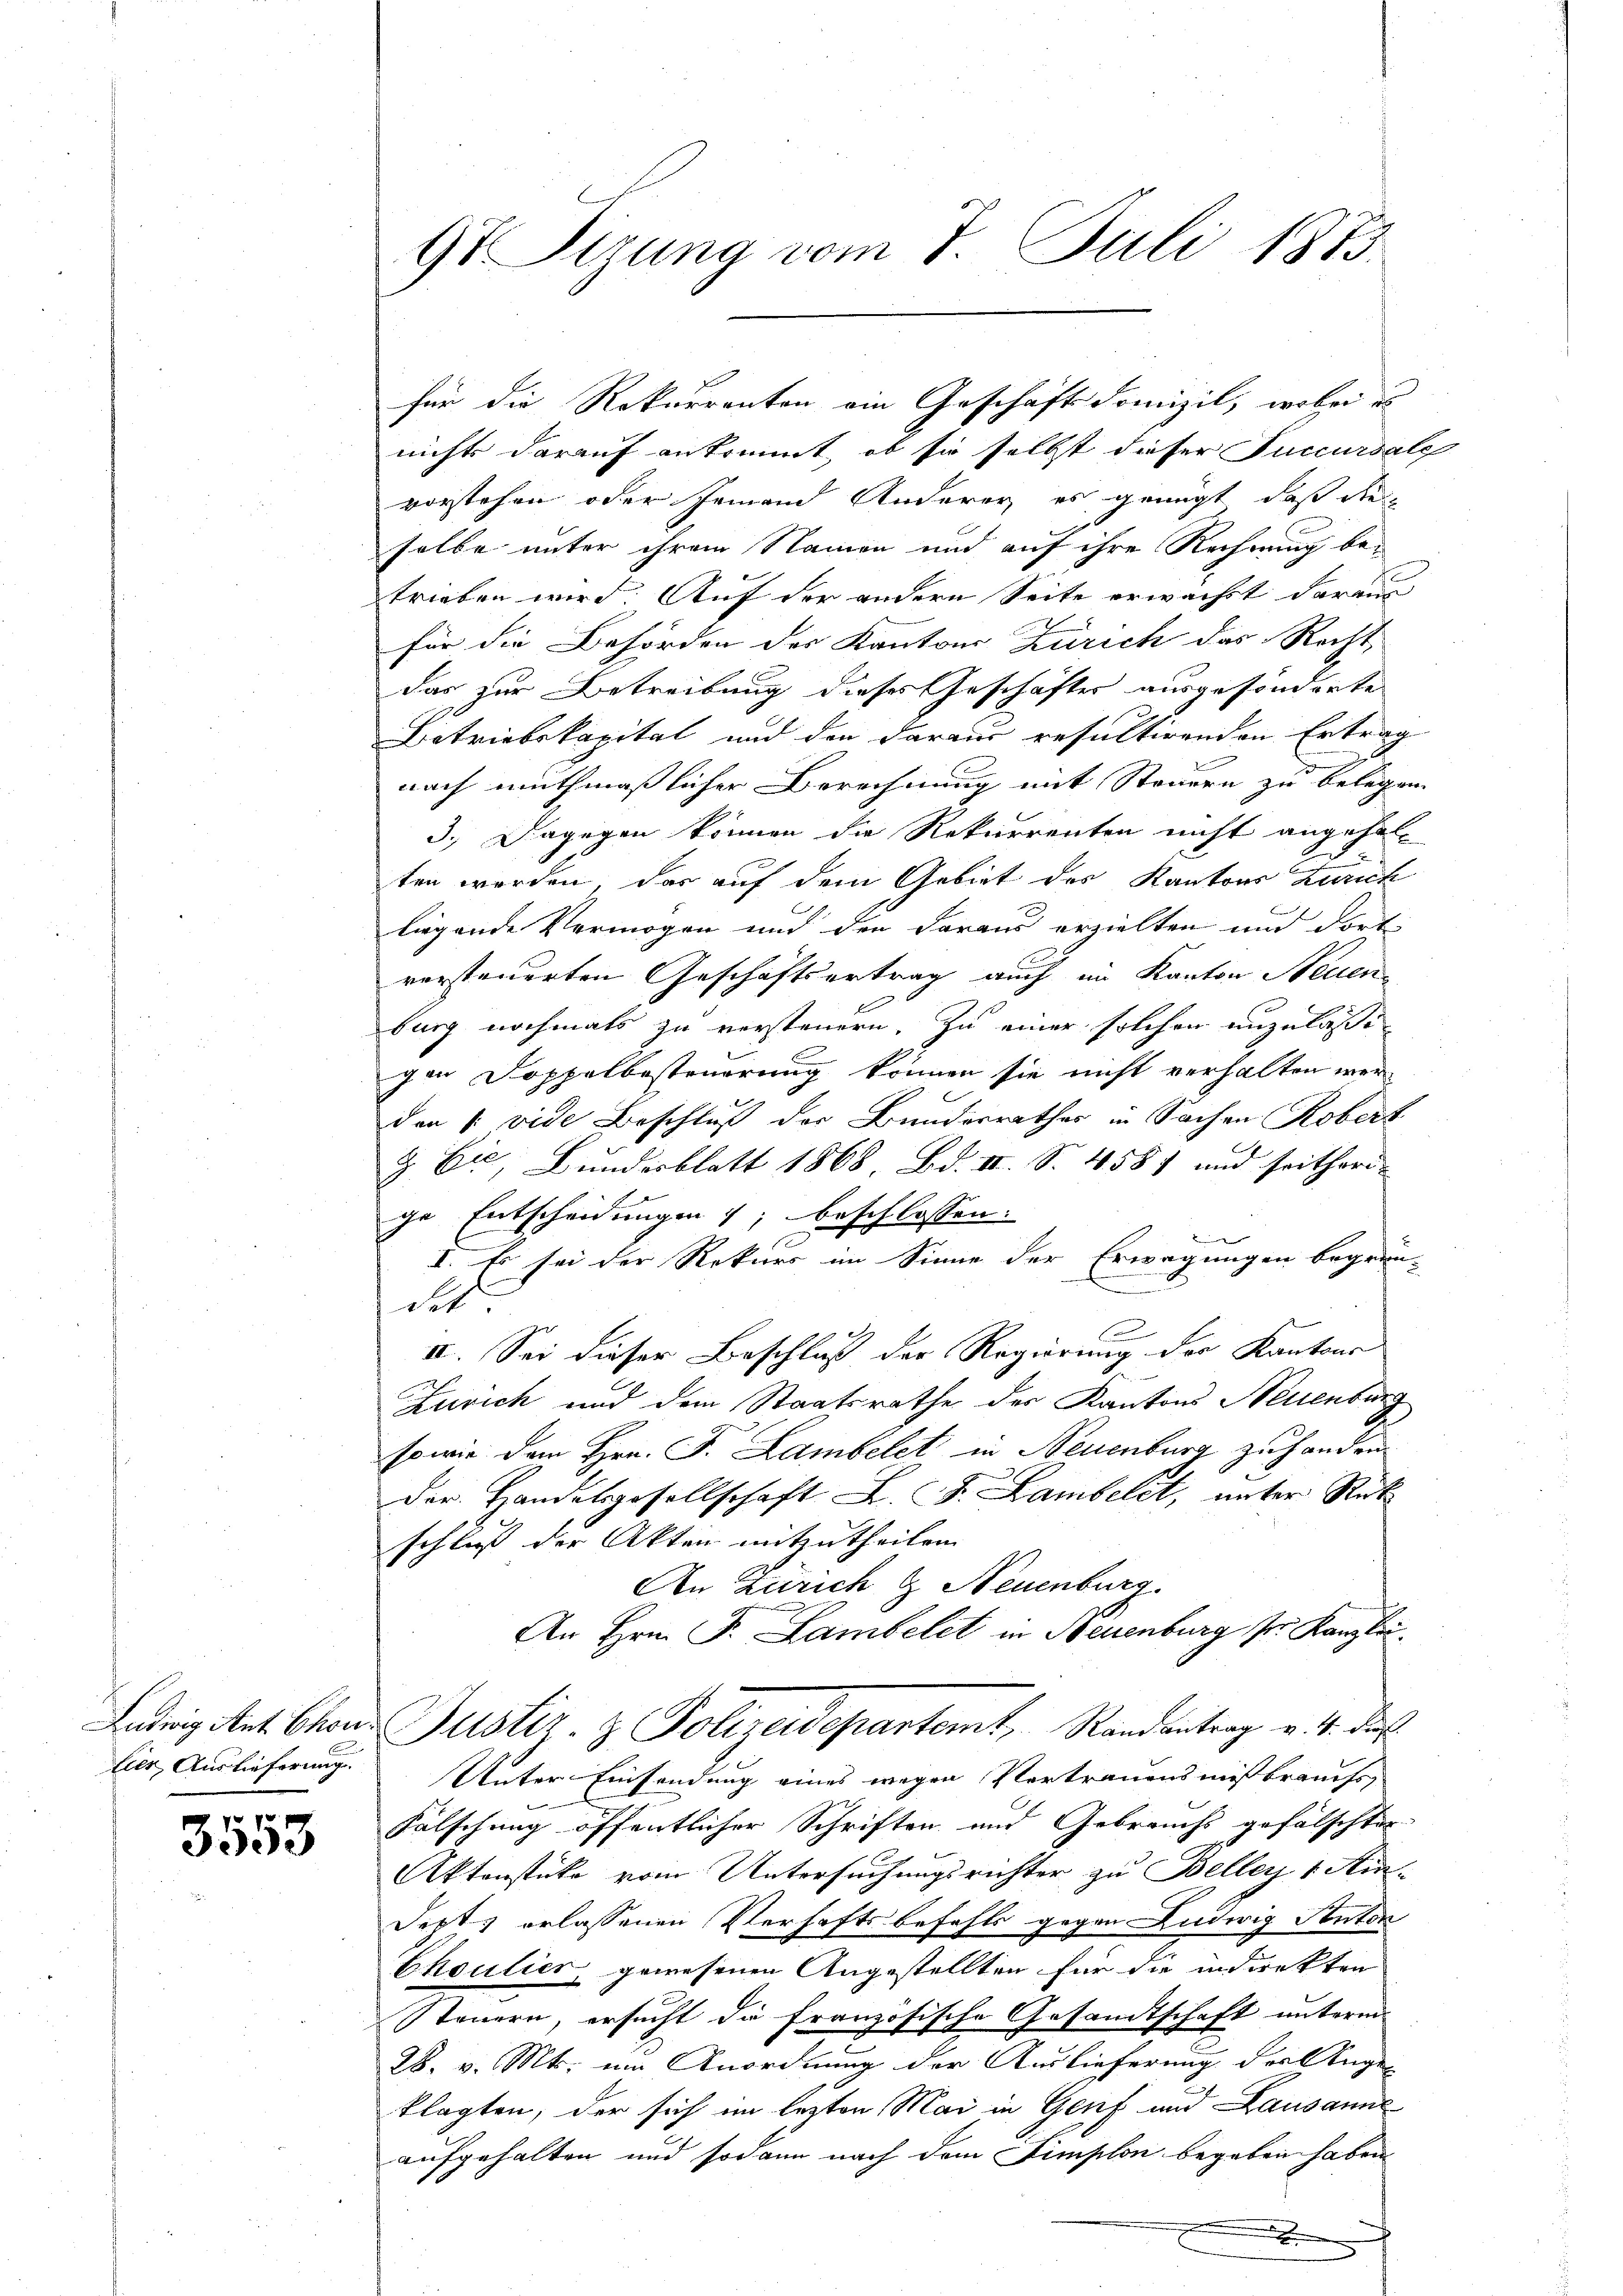
Ludwig Ant. Chon¬
Eier, Auslieferung

3553

9t Sizung vom 7. Juli 1873.

nichts darauf ankommt, ob sie selbst dieser Succursale
vorstehen oder Jemand Anderer es genügt, daß die
selbe unter ihrem Namen und auf ihre Rechnung be-
trieben wird. Auf der andern Seite erwachst daraus
für die Behörden der Kantons Zürich das Recht,
das zur Betreibung dieses Geschäftes ausgesönderte
Betriebskapital und den daraus resultirenden Ertrag
nach muthmaßlicher Berechnung mit Steuern zu belegen
3.) Dagegen können die Rekurrenten nicht angeholten werden, das auf dem Gebiet des Kantons Zürich
liegende Vermögen und den daraus erzielten und dort
versteuerten Geschäftsertrag auch im Kanton Neuen
burg nochmals zu versteuern. Zu einer solchen unzulasse
gen Doppelbesteuerung können sie nicht verhalten werden 1. vide Beschluß der Bunderrathes in Sachen Robert
9. Eis Bundesblatt 1868, Bd. II. S. 458) und seitheri- |
ge Entscheidungen ; beschlossen:
 wesen
I. Es sei der Rekurs im Sinne der Erwägungen begrün-
des
II. Sei dieser Beschluß der Regierung der Kantons
Zürich und dem Staatsrathe des Kantons Neuenburg
sowie den Hrn. F. Lambelet in Neuenburg zu handen.
Der Handelsgesellschaft L. J. Lambelct, unter Rek
schluß der Akten mitzutheilen
An Zürich & Neuenburg.
An Hrn. F. Lambelet in Neuenburg ser Kanzlei¬
Justiz- & Polizeidepartamt, Randantrag v. 4. Jul.
Unter-Einsendung eines wegen Vertrauensmißbrauchs,
Fälschung öffentlicher Schriften und Gebrauchs gefälschter
Aktenstüke vom Untersuchungsrichter zu Beller 1 Am¬
Jepts erlassenen Verhaftsbefehls gegen Ludwig Ponton
Choulier gewesenen Angestellten für die indirekten
Steuern, ersucht die französische Gesandtschaft unterm
28. v. Mts. im Anordnung der Auslieferung des Ange
klagten, der sich im lezten Mai in Genf und Lausanne
aufgehalten und sodann nach dem Simplon begaben haben.

für die Rekurranton ein Geschäfts domizil, wobei es